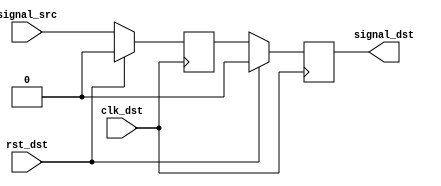
//-----------------------------------------------------------------------------
//  Description: 
//    This is a basic meta-stability hardener; it double synchronizes an
//    asynchronous signal onto a new clock domain.
//

`timescale 1ns/1ps


module meta_harden (
  input            clk_dst,      // Destination clock
  input            rst_dst,      // Reset - synchronous to destination clock
  input            signal_src,   // Asynchronous signal to be synchronized
  output reg       signal_dst    // Synchronized signal
);


//***************************************************************************
// Register declarations
//***************************************************************************

  reg           signal_meta;     // After sampling the async signal, this has
                                 // a high probability of being metastable.
                                 // The second sampling (signal_dst) has
                                 // a much lower probability of being
                                 // metastable

//***************************************************************************
// Code
//***************************************************************************

  always @(posedge clk_dst)
  begin
    if (rst_dst)
    begin
      signal_meta <= 1'b0;
      signal_dst  <= 1'b0;
    end
    else // if !rst_dst
    begin
      signal_meta <= signal_src;
      signal_dst  <= signal_meta;
    end // if rst
  end // always

endmodule